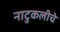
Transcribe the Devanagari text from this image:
नाटुकलीचे